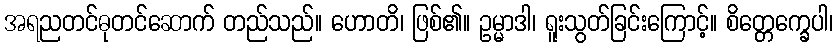
အရညတင်ဓုတင်ဆောက် တည်သည်။ ဟောတိ၊ ဖြစ်၏။ ဥမ္မာဒါ၊ ရူးသွတ်ခြင်းကြောင့်။ စိတ္တေက္ခေပါ၊